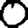
Digit: 0